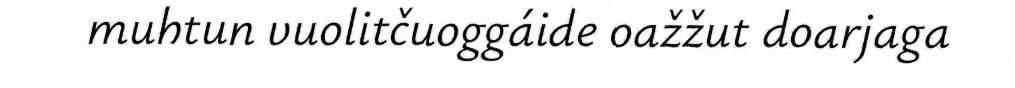
muhtun vuolitčuoggáide oažžut doarjaga